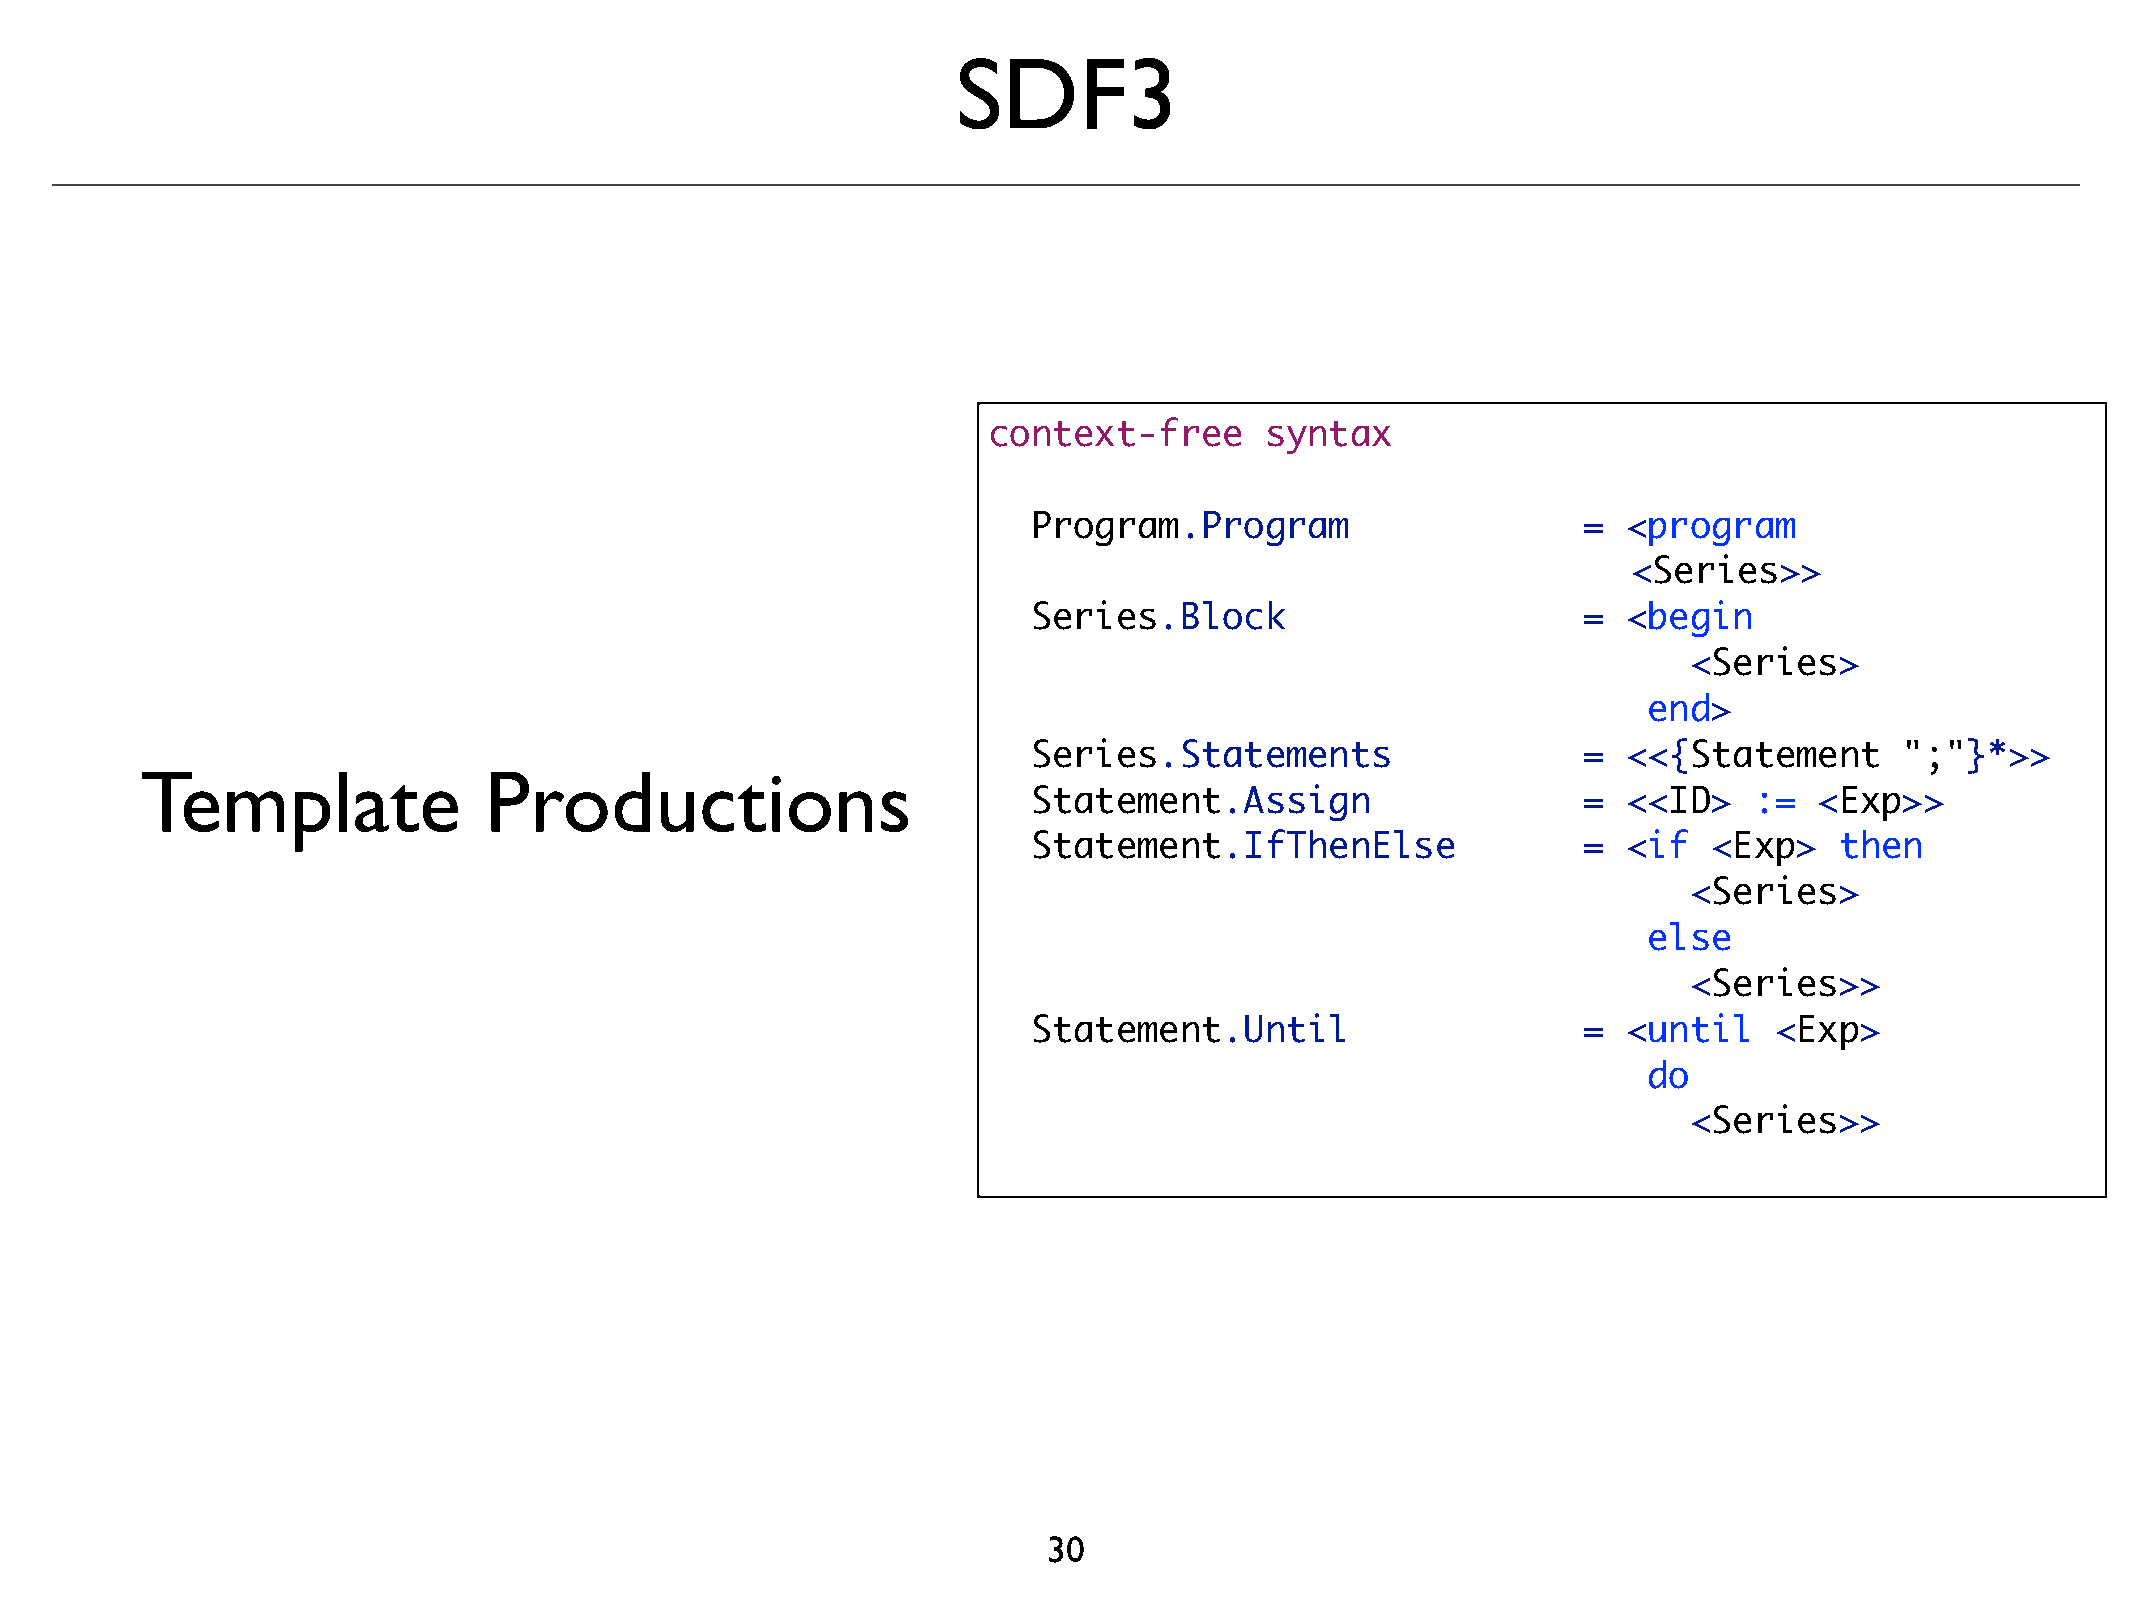
SDF3
 context-free       syntax
 !
 Program.Program                      =  <program
 <Series>>
 Series.Block                         =  <begin
 <Series>
 end>
 Series.Statements                    =  <<{Statement      ";"}*>>
 Template               Productions
 Statement.Assign                     =  <<ID>   :=  <Exp>>
 Statement.IfThenElse                 =  <if  <Exp>    then
 <Series>
 else
 <Series>>
 Statement.Until                      =  <until   <Exp>
 do
 <Series>>
 30